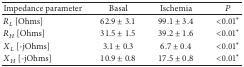
<table><thead><tr><td><b>Impedance parameter</b></td><td><b>Basal</b></td><td><b>Ischemia</b></td><td><b><i>P</i></b></td></tr></thead><tbody><tr><td><i>R</i><sub><i>L</i></sub> [Ohms]</td><td>62.9 ± 3.1</td><td>99.1 ± 3.4</td><td>&lt;0.01*</td></tr><tr><td><i>R</i><sub><i>H</i></sub> [Ohms]</td><td>31.5 ± 1.5</td><td>39.2 ± 1.6</td><td>&lt;0.01*</td></tr><tr><td><i>X</i><sub><i>L</i></sub> [-jOhms]</td><td>3.1 ± 0.3</td><td>6.7 ± 0.4</td><td>&lt;0.01*</td></tr><tr><td><i>X</i><sub><i>H</i></sub> [-jOhms]</td><td>10.9 ± 0.8</td><td>17.5 ± 0.8</td><td>&lt;0.01*</td></tr></tbody></table>